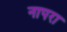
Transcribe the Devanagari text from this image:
नापरा